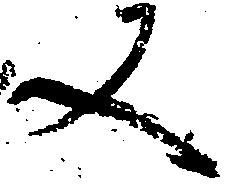
又